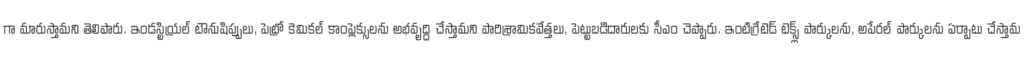
గా మారుస్తామని తెలిపారు. ఇండస్టియ్రల్ టౌనుషిప్పులు, పెట్రో కెమికల్ కాంప్లెక్సులను అభవృద్ది చేస్తామని పారిశ్రామికవేత్తలు, పెట్టుబడిదారులకు సీఎం చెప్పారు. ఇంటిగ్రేటెడ్ టెక్స్ల్ పార్కులను, అపేరల్ పార్కులను ఏర్పాటు చేస్తామ